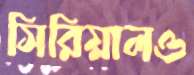
সিরিয়ালও